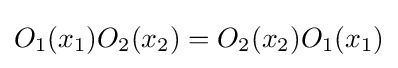
O_{1}(x_{1})O_{2}(x_{2})=O_{2}(x_{2})O_{1}(x_{1})